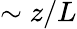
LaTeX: \sim z/L